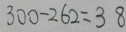
3 0 0 - 2 6 2 = 3 8